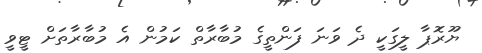
ޔޫރޮޕާ ލީގަކީ ދެ ވަނަ ފަންތީގެ މުބާރާތް ކަމުން އެ މުބާރާތަށް ޓީވީ